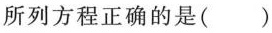
所列方程正确的是()